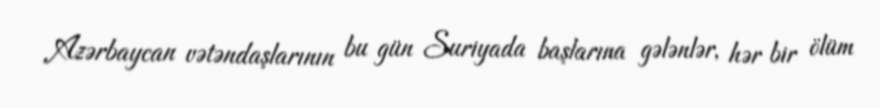
Azərbaycan vətəndaşlarının bu gün Suriyada başlarına gələnlər, hər bir ölüm